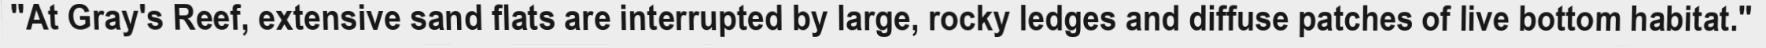
"At Gray's Reef, extensive sand flats are interrupted by large, rocky ledges and diffuse patches of live bottom habitat."